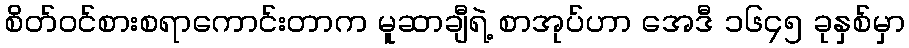
စိတ်ဝင်စားစရာကောင်းတာက မူဆာချီရဲ့ စာအုပ်ဟာ အေဒီ ၁၆၄၅ ခုနှစ်မှာ